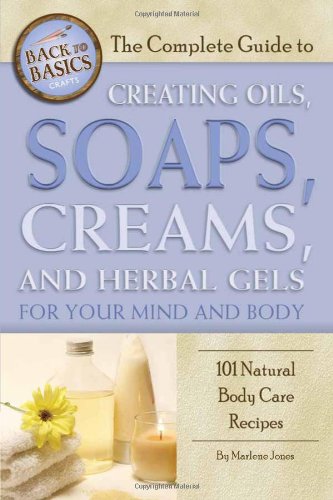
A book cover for The Complete Guide to Creating Oils, Soaps, Creams, and Herbal Gels for Your Mind and Body: 101 Natural Body Care Recipes (Back-To-Basics); Marlene Jones; Crafts, Hobbies & Home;